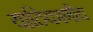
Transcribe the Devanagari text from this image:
याठिकाणीच